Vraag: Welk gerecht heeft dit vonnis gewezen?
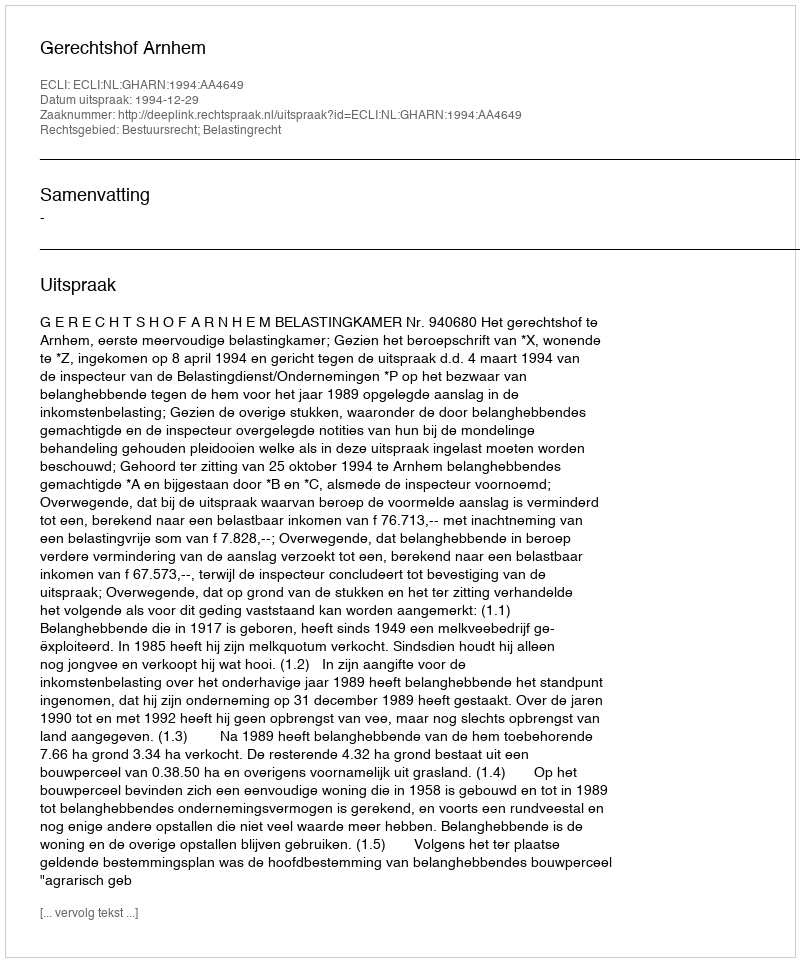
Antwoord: Gerechtshof Arnhem